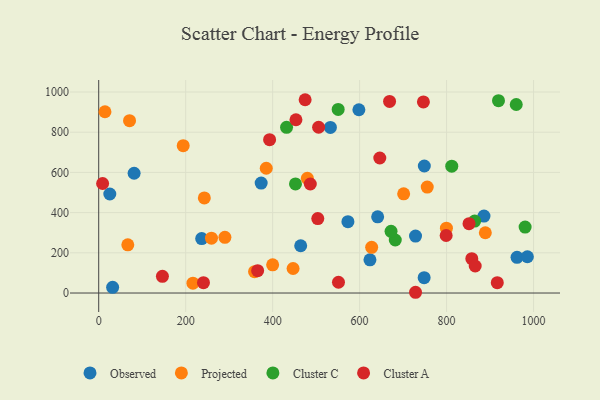
{"axis": {"x": "Investment", "y": "Fuel Efficiency"}, "legend": ["Cluster A", "Cluster C", "Observed", "Projected"], "data": [{"x": "532.8", "y": 823.8, "type": "Observed"}, {"x": "623.8", "y": 165.3, "type": "Observed"}, {"x": "641.5", "y": 379.2, "type": "Observed"}, {"x": "886.0", "y": 382.9, "type": "Observed"}, {"x": "81.4", "y": 595.8, "type": "Observed"}, {"x": "962.0", "y": 177.8, "type": "Observed"}, {"x": "573.1", "y": 354.7, "type": "Observed"}, {"x": "728.6", "y": 283.1, "type": "Observed"}, {"x": "598.3", "y": 911.7, "type": "Observed"}, {"x": "32.0", "y": 28.5, "type": "Observed"}, {"x": "236.8", "y": 271.0, "type": "Observed"}, {"x": "25.5", "y": 492.6, "type": "Observed"}, {"x": "373.6", "y": 546.8, "type": "Observed"}, {"x": "464.5", "y": 235.1, "type": "Observed"}, {"x": "748.8", "y": 631.8, "type": "Observed"}, {"x": "985.8", "y": 180.3, "type": "Observed"}, {"x": "748.4", "y": 76.3, "type": "Observed"}, {"x": "358.4", "y": 106.3, "type": "Projected"}, {"x": "799.6", "y": 322.6, "type": "Projected"}, {"x": "385.3", "y": 620.6, "type": "Projected"}, {"x": "889.1", "y": 299.9, "type": "Projected"}, {"x": "259.3", "y": 273.0, "type": "Projected"}, {"x": "447.0", "y": 121.9, "type": "Projected"}, {"x": "479.8", "y": 570.5, "type": "Projected"}, {"x": "627.7", "y": 227.2, "type": "Projected"}, {"x": "290.2", "y": 276.9, "type": "Projected"}, {"x": "400.0", "y": 140.2, "type": "Projected"}, {"x": "216.7", "y": 49.1, "type": "Projected"}, {"x": "755.5", "y": 527.0, "type": "Projected"}, {"x": "14.4", "y": 901.6, "type": "Projected"}, {"x": "194.3", "y": 733.0, "type": "Projected"}, {"x": "70.9", "y": 857.1, "type": "Projected"}, {"x": "701.3", "y": 493.3, "type": "Projected"}, {"x": "242.9", "y": 473.0, "type": "Projected"}, {"x": "66.9", "y": 239.7, "type": "Projected"}, {"x": "811.9", "y": 630.8, "type": "Cluster C"}, {"x": "919.4", "y": 956.7, "type": "Cluster C"}, {"x": "452.5", "y": 542.8, "type": "Cluster C"}, {"x": "550.7", "y": 913.3, "type": "Cluster C"}, {"x": "682.0", "y": 263.7, "type": "Cluster C"}, {"x": "864.6", "y": 357.7, "type": "Cluster C"}, {"x": "672.3", "y": 307.0, "type": "Cluster C"}, {"x": "432.0", "y": 824.4, "type": "Cluster C"}, {"x": "980.6", "y": 328.1, "type": "Cluster C"}, {"x": "960.2", "y": 937.8, "type": "Cluster C"}, {"x": "505.7", "y": 824.7, "type": "Cluster A"}, {"x": "799.0", "y": 286.0, "type": "Cluster A"}, {"x": "858.0", "y": 171.0, "type": "Cluster A"}, {"x": "474.7", "y": 961.5, "type": "Cluster A"}, {"x": "728.6", "y": 3.7, "type": "Cluster A"}, {"x": "365.5", "y": 111.0, "type": "Cluster A"}, {"x": "646.4", "y": 671.6, "type": "Cluster A"}, {"x": "916.6", "y": 51.5, "type": "Cluster A"}, {"x": "865.8", "y": 134.4, "type": "Cluster A"}, {"x": "453.6", "y": 861.9, "type": "Cluster A"}, {"x": "393.0", "y": 762.6, "type": "Cluster A"}, {"x": "503.8", "y": 370.4, "type": "Cluster A"}, {"x": "668.9", "y": 953.1, "type": "Cluster A"}, {"x": "240.9", "y": 51.4, "type": "Cluster A"}, {"x": "146.5", "y": 83.1, "type": "Cluster A"}, {"x": "9.0", "y": 544.8, "type": "Cluster A"}, {"x": "851.6", "y": 344.9, "type": "Cluster A"}, {"x": "486.6", "y": 542.2, "type": "Cluster A"}, {"x": "746.7", "y": 950.6, "type": "Cluster A"}, {"x": "551.4", "y": 53.6, "type": "Cluster A"}]}